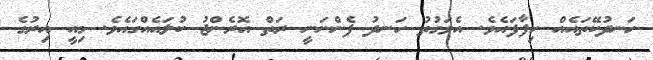
ހަނދުކޭތައެއް ހިފާފައެވެ. އެވަގުތު ހަނދު ފެންނަނީ ރަތް އޮރެންޖު ކުލައެއްގައެވެ. މިއީ އިރުގެ